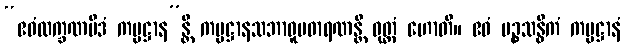
“ဧဝံလက္ခဏမိဒံ ကမ္မဋ္ဌာန”န္တိ ကမ္မဋ္ဌာနသဘာဝူပဓာရဏန္တိ ဝုတ္တံ ဟောတိ။ ဧဝံ ပဉ္စသန္ဓိကံ ကမ္မဋ္ဌာနံ